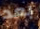
بعد